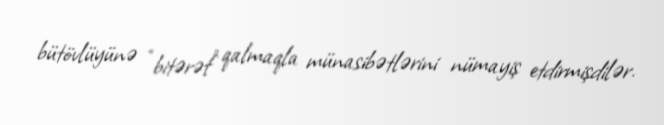
bütövlüyünə “bitərəf” qalmaqla münasibətlərini nümayiş etdirmişdilər.